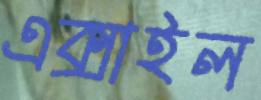
এক্সাইল